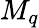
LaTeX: M_{q}